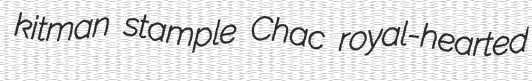
kitman stample Chac royal-hearted